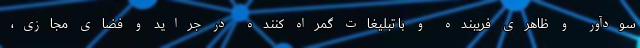
سودآور و ظاهری فریبنده و با تبلیغات گمراه کننده در جراید و فضای مجازی،